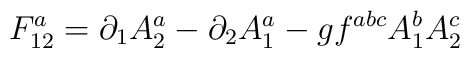
F_{12}^a=\partial_1A_2^a-\partial_2A_1^a-gf^{abc}A_1^bA_2^c